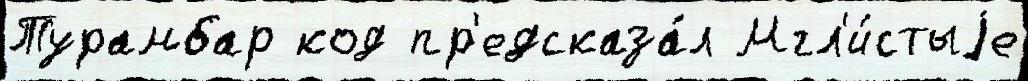
Турамбар код пр'едсказа́л Мгл'и́стыjе